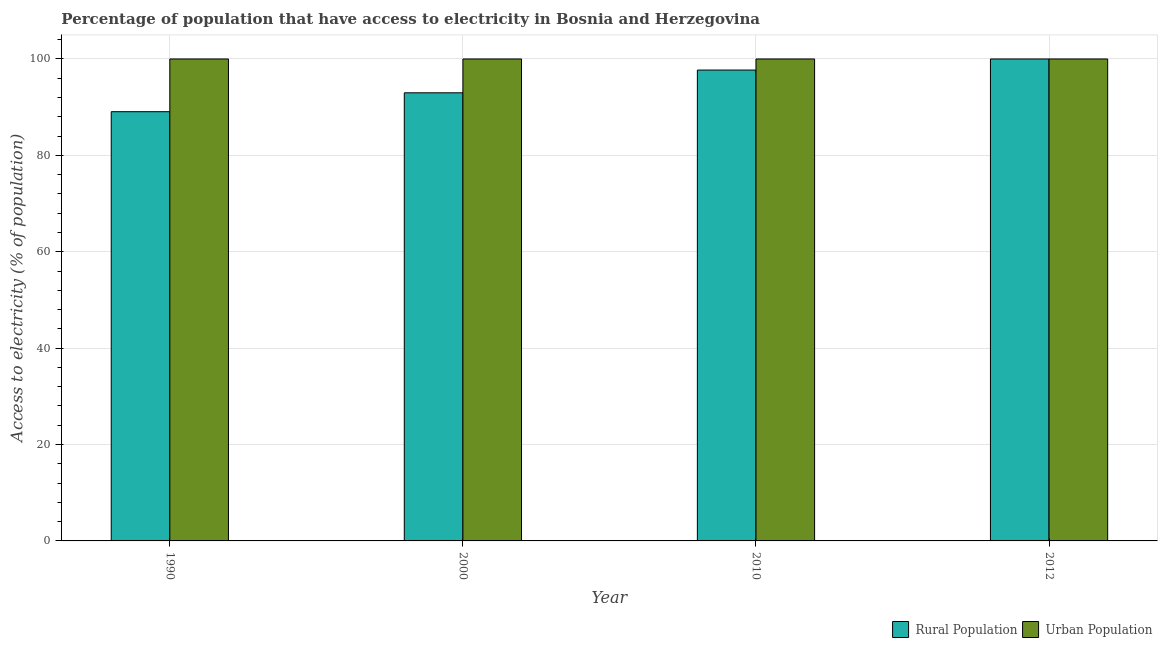
| Year | Rural Population | Urban Population |
 | --- | --- | --- |
 | 1990 | 89.1 | 100 |
 | 2000 | 93 | 100 |
 | 2010 | 97.7 | 100 |
 | 2012 | 100 | 100 |